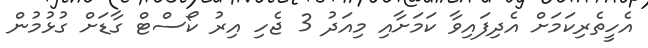
އެހީތެރިކަމަށް އެދިފައިވާ ކަމަށާއި މިއަދު 3 ޖެހި އިރު ކޯސްޓް ގާޑަށް ގުޅުމުން